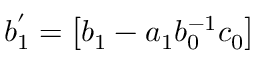
b _ { 1 } ^ { ' } = \left[ b _ { 1 } - a _ { 1 } b _ { 0 } ^ { - 1 } c _ { 0 } \right]